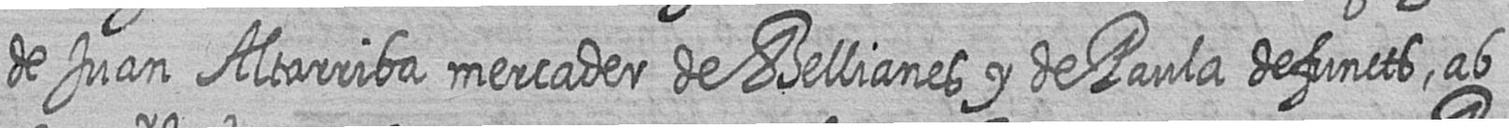
de Juan Altarriba mercader de Bellianes y de Paula defuncts ab